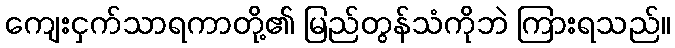
ကျေးငှက်သာရကာတို့၏ မြည်တွန်သံကိုဘဲ ကြားရသည်။